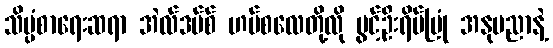
သိပ္ပံစာရေးဆရာ အဲလ်ဒပ်စ် ဟပ်စလေတို့လို ပွင့်ဦးရိပ်မြုံ အနုပညာနဲ့